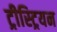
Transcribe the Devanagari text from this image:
ट्रीस्ट्रियन